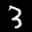
Label: 3